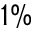
1 \%